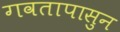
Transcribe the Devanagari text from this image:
गवतापासुन